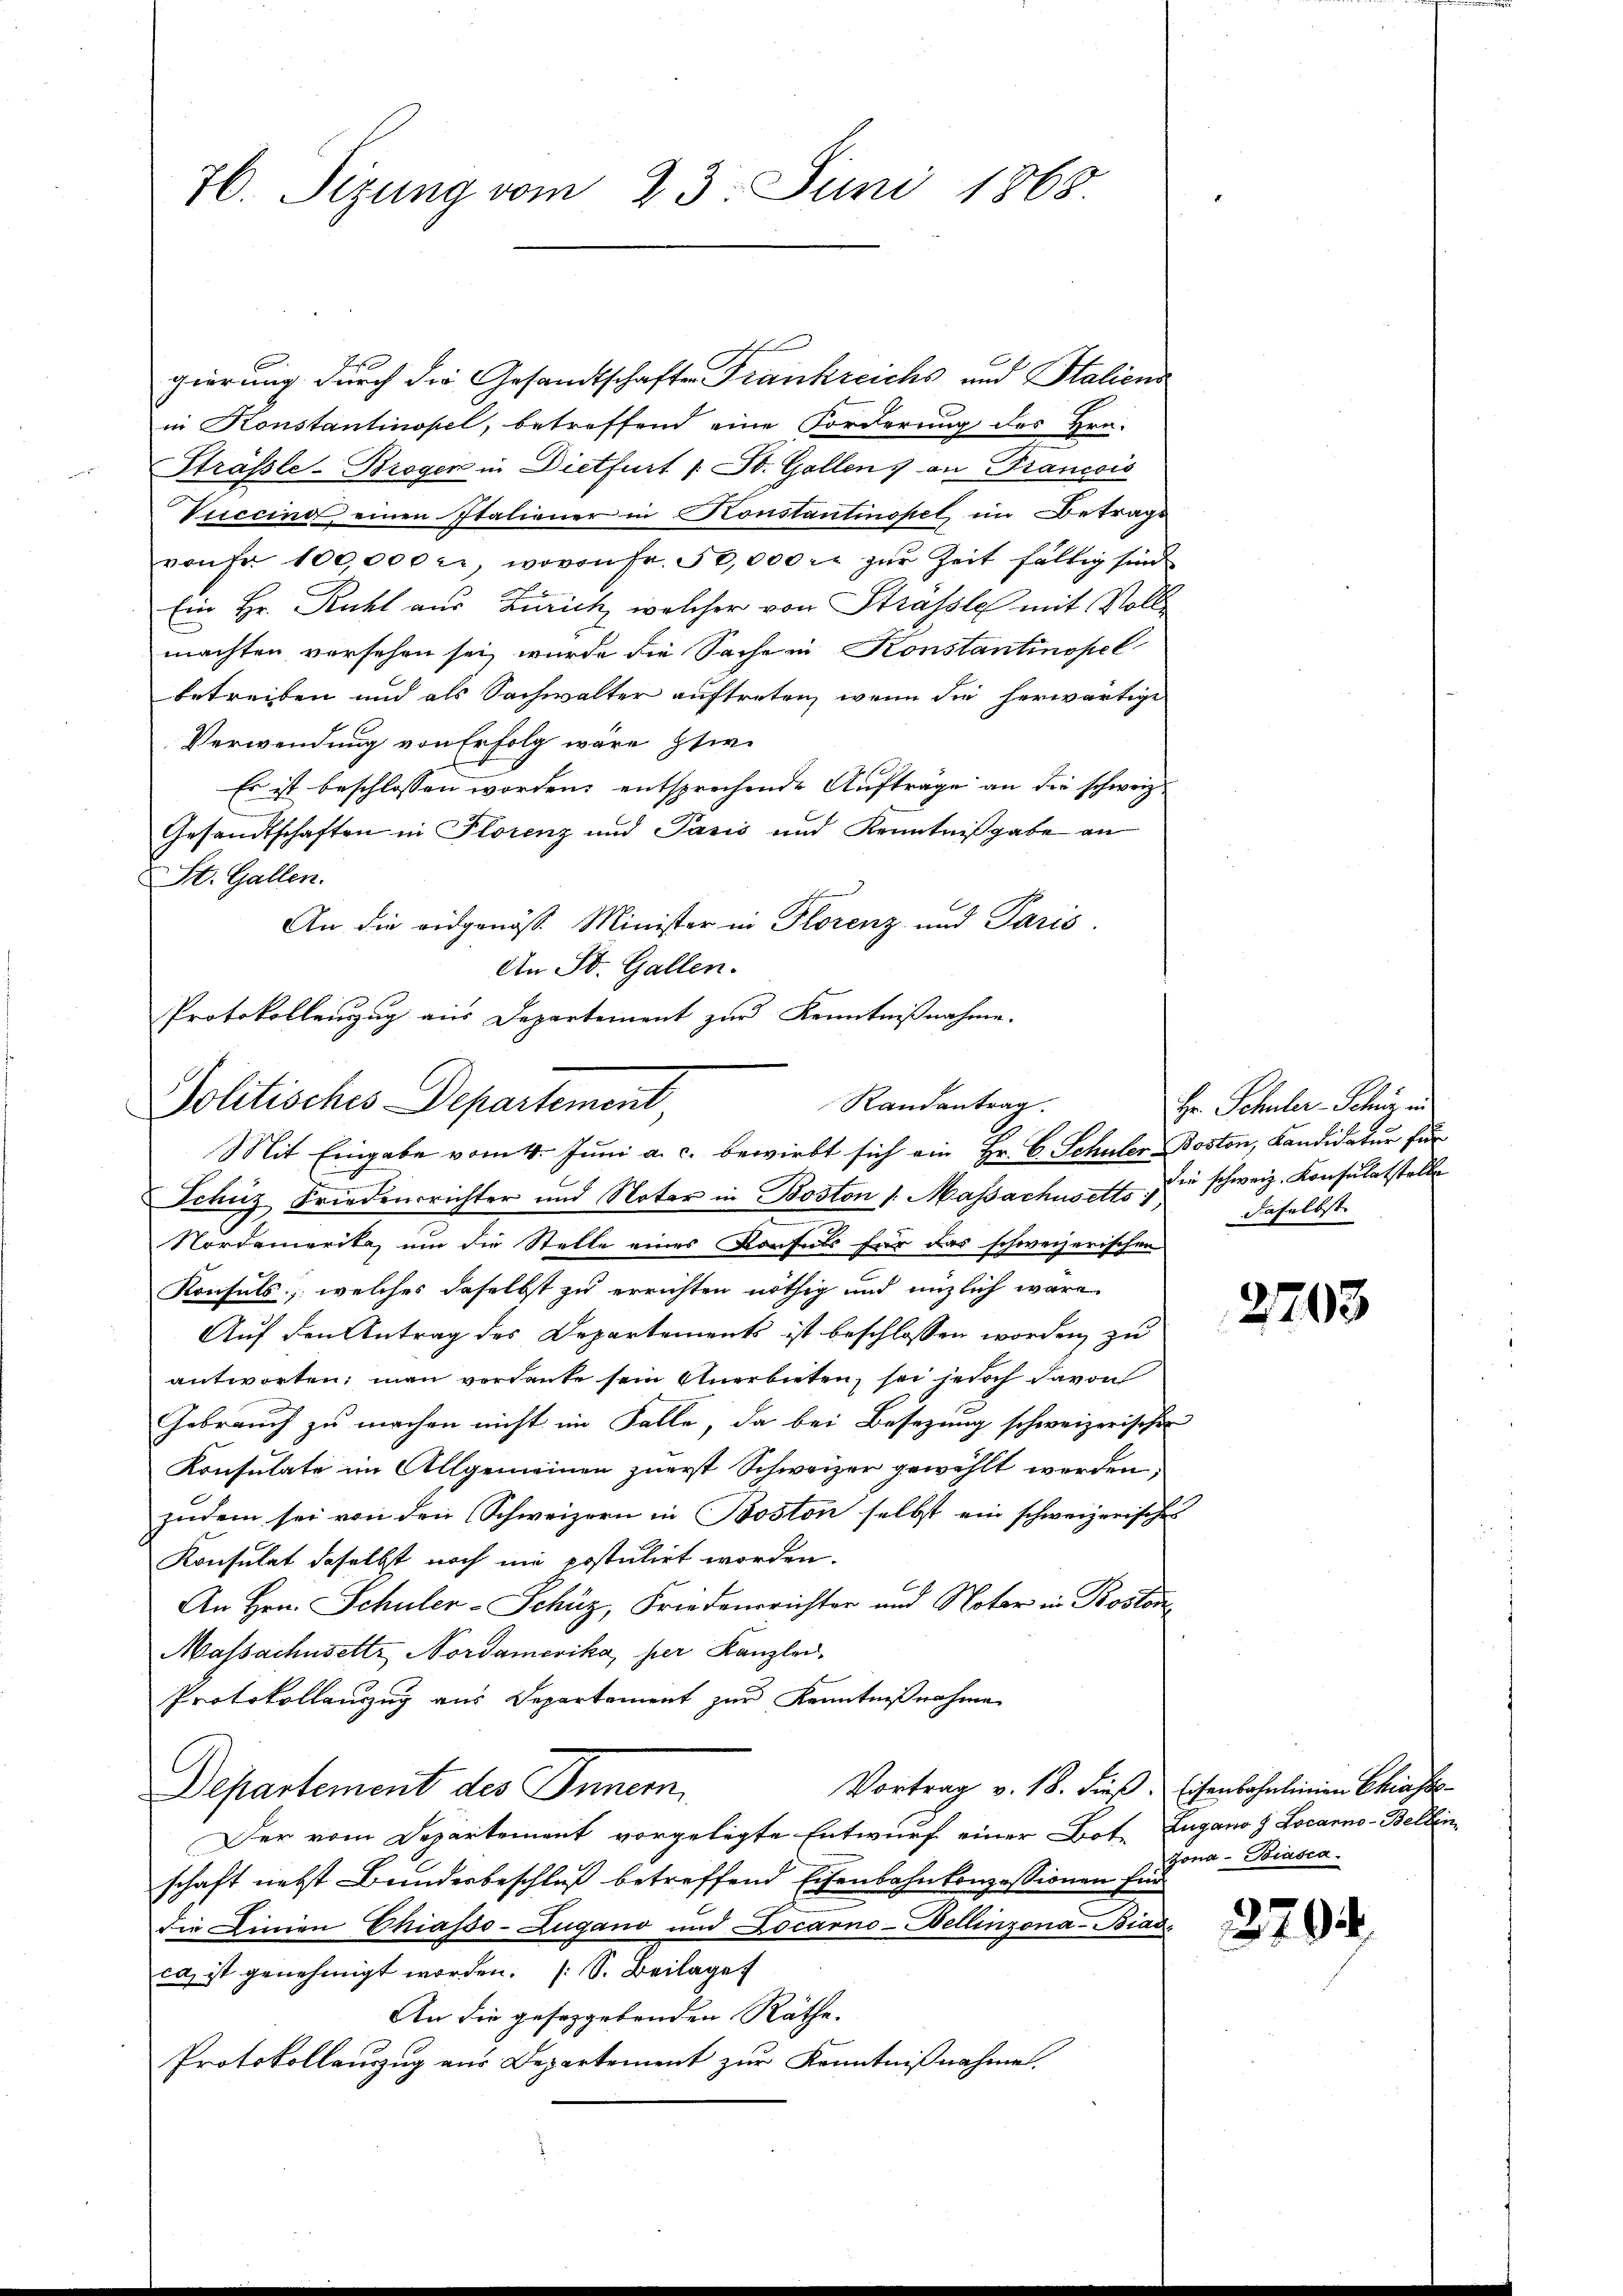
76. Sizung vom 23. Juni 1868

gierung durch die Gesandtschaften Frankreichs und Staliens
in Konstantinopel, betreffend eine Forderung des Hrn.
Sträßle-Brogen in Dietfurt /: St. Gallen, an Franccis
Viiccino einen Italiener in Konstantinopel im Betrage
von Fr. 100,000 rl. wovon fr. 50,000 rt zŭr Zeit fältig sind
Ein Hr. Rühl aus Zürich, welcher von Strasse mit Voll
machten versehen sei, wurde die Sache in Konstantinopel
betreiben und als Sachwalter auftreten, wenn die herwärtige
Verwendung von Erfolg wäre sei.
Es ist beschlossen worden, entsprechende Aufträge an die schweiz.
Gesandtschaften in Florenz und Pasis und Kenntnißgabe an
St. Gallen.
An die eidgenöss. Minister in Florenz und Paris.
An St. Gallen.
Protokollenzug aus Departement zur Kenntnißnahme.

Politisches Departement,
Randantrag.
Mit Eingabe vom 1. Jŭni a. c. bewirbt sich ein Hr. C. Schüler Boston, Kandidatur für

F

Schüz Friedensrichter und Notar in Boston 1. Massachusetts die schweiz. Konsulatstelle
Nordamerita, um die Stelle eines Konsuls für das schweizerischen
Konfels, welches daselbst zu errichten nöthig und unzlich wäre
Auf den Antrag des Departements ist beschlossen worden zu
antworten; man verdanke sein Anerbieten, sei jedoch davon
Gebrauch zu machen nicht im Falle, da bei Besezung schweizerischen
Konsulate im Allgemeinen zuerst Schweizer gewählt werden,
zudem sei von den Schweizern in Boston selbst ein schweizerisches
Konsulat daselbst noch nie erstulirt worden.
An Hrn. Schuler-Schüz, Friedensrichter und Notar in Roston
Massachusette Nordamerika, per Kanzlei.
Protokollanzug aus Departement zur Kenntnißnahme
Vortrag v. 18. dieß. Eisenbahnlinien Chiasso
Departement des Innern,
Der vom Departement vorgelegte Entwurf einer Bot. Zugano & Locarno-Bellinschaft nebst Bunderbeschluß betreffend Eisenbahnkonzessionen für
die Linien Chiasso-Zugano und Locarno-Bellinzona-Biad.
ca, ist genehmigt worden. (S. Beilage
An die gesetzgebenden Räthe.
Protokollauszug aus Departement zur Kenntnißnahme.

Hr. Schuler Schnung an
daselbst

2703

Jona - Biasca.

270.